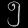
Digit: ၅